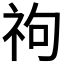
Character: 𥘮